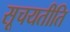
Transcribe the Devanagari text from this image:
सूचयतीति